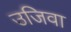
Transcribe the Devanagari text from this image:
उजिवा